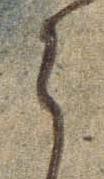
ら